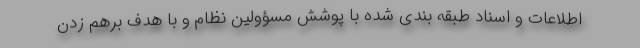
اطلاعات و اسناد طبقه بندی شده با پوشش مسؤولین نظام و با هدف برهم زدن